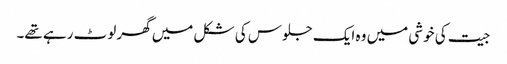
جیت کی خوشی میں وہ ایک جلوس کی شکل میں گھر لوٹ رہے تھے۔